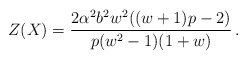
\begin{align*}Z(X)=\frac{2\alpha^2 b^2 w^2((w+1)p -2)}{p(w^2-1)(1+w)} \,.\end{align*}